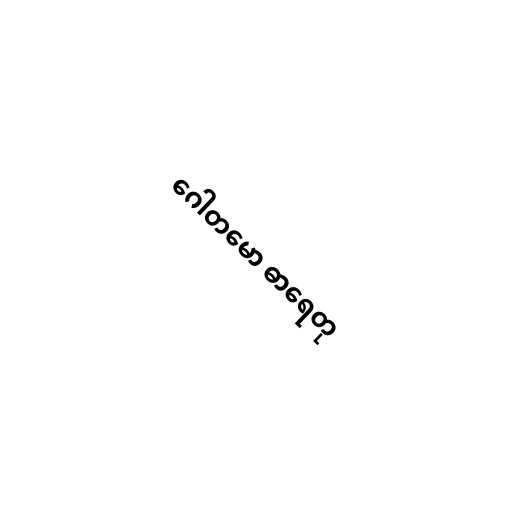
ဂေါတမော ဓာရေတု